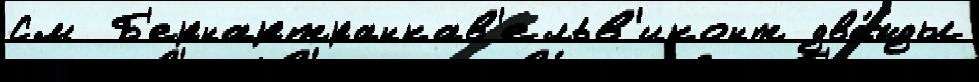
См  Б'ернартранкав'ельв'иконт два́жды